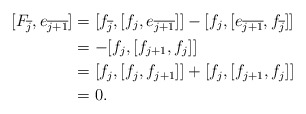
\begin{align*}[F_{\overline{j}}, e_{\overline{j+1}}] &= [f_{\overline{j}},[f_j, e_{\overline{j+1}}]] - [f_j, [e_{\overline{j+1}}, f_{\overline{j}}]]\\ &= - [f_j, [f_{j+1}, f_j]] \\ &= [f_j, [f_j, f_{j+1}]] + [f_j, [f_{j+1}, f_j]] \\ &= 0.\end{align*}